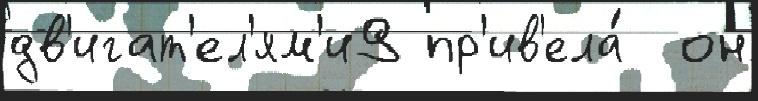
дв'игат'ел'ям'и9 пр'ив'ела́  он